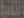
اللاربع